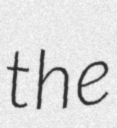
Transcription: the